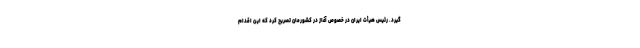
گیرد. رئیس هیأت ایران در خصوص آغاز در کشورمان تصریح کرد که این اقدام